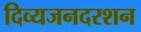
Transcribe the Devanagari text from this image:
दिव्यजनदरशन